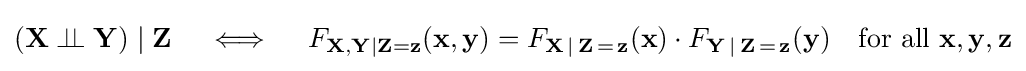
(\mathbf {X} \perp \!\!\!\perp \mathbf {Y} )\mid \mathbf {Z} \quad \iff \quad F_{\mathbf {X} ,\mathbf {Y} |\mathbf {Z} =\mathbf {z} }(\mathbf {x} ,\mathbf {y} )=F_{\mathbf {X} \,\mid \,\mathbf {Z} \,=\,\mathbf {z} }(\mathbf {x} )\cdot F_{\mathbf {Y} \,\mid \,\mathbf {Z} \,=\,\mathbf {z} }(\mathbf {y} )\quad {\text{for all }}\mathbf {x} ,\mathbf {y} ,\mathbf {z}